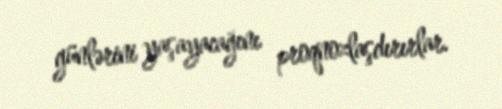
günlərini yaşayacağını proqnozlaşdırırlar.